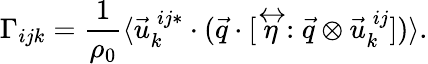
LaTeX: \Gamma_{ijk}=\frac{1}{\rho_{0}}\langle\vec{u}_{k}^{\: ij*}\cdot(\vec{q}\cdot[\stackrel{\leftrightarrow}{\eta}:\vec{q}\otimes\vec{u}_{k}^{\: ij}])\rangle.